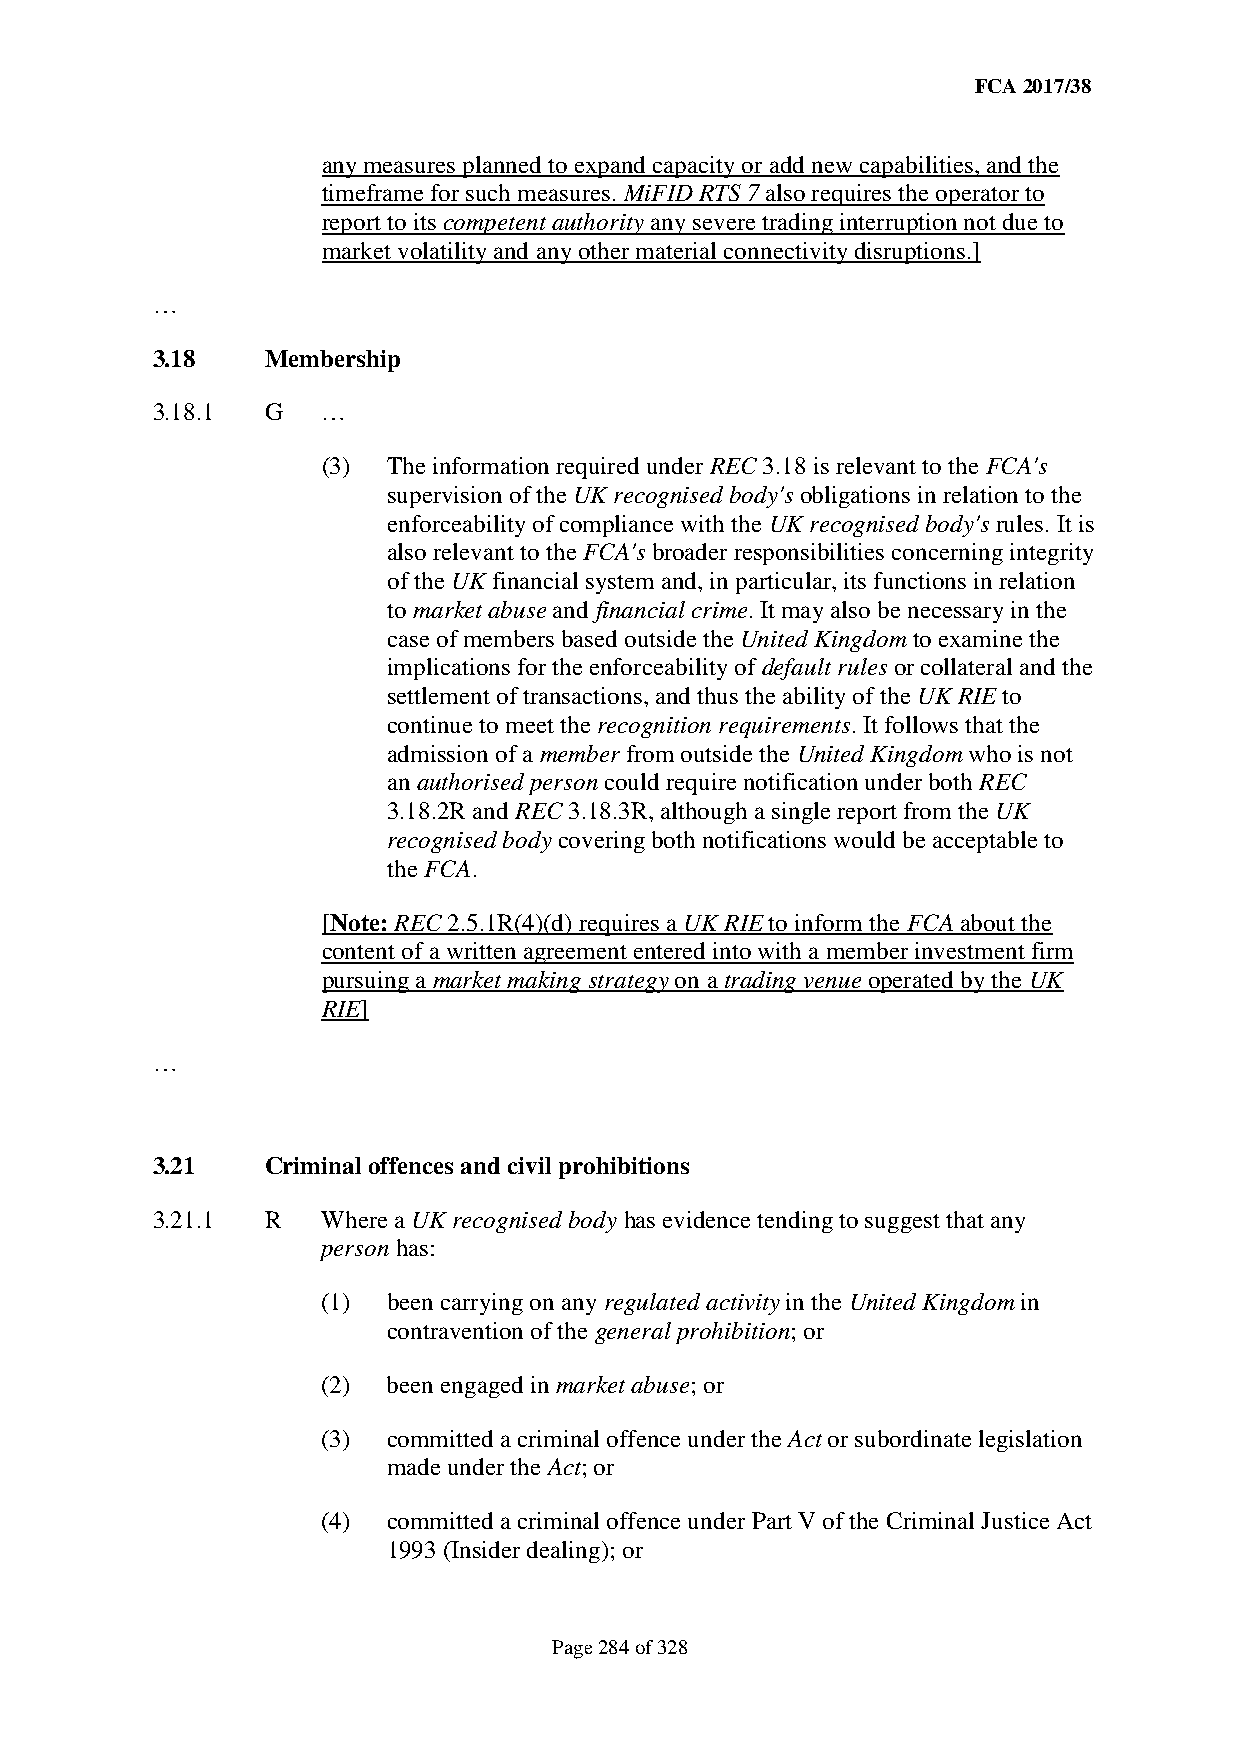
FCA 2017/38
 any measures planned to expand capacity or add new capabilities, and the
 timeframe for such measures. MiFID RTS 7 also requires the operator to
 report to its competent authority any severe trading interruption not due to
 market volatility and any other material connectivity disruptions.]
 …
 3.18    Membership
 3.18.1  G  …
 (3)  The information required under REC 3.18 is relevant to the FCA's
 supervision of the UK recognised body's obligations in relation to the
 enforceability of compliance with the UK recognised body's rules. It is
 also relevant to the FCA's broader responsibilities concerning integrity
 of the UK financial system and, in particular, its functions in relation
 to market abuse and financial crime. It may also be necessary in the
 case of members based outside the United Kingdom to examine the
 implications for the enforceability of default rules or collateral and the
 settlement of transactions, and thus the ability of the UK RIE to
 continue to meet the recognition requirements. It follows that the
 admission of a member from outside the United Kingdom who is not
 an authorised person could require notification under both REC
 3.18.2R and REC 3.18.3R, although a single report from the UK
 recognised body covering both notifications would be acceptable to
 the FCA.
 [Note: REC 2.5.1R(4)(d) requires a UK RIE to inform the FCA about the
 content of a written agreement entered into with a member investment firm
 pursuing a market making strategy on a trading venue operated by the UK
 RIE]
 …
 3.21    Criminal offences and civil prohibitions
 3.21.1  R  Where a UK recognised body has evidence tending to suggest that any
 person has:
 (1)  been carrying on any regulated activity in the United Kingdom in
 contravention of the general prohibition; or
 (2)  been engaged in market abuse; or
 (3)  committed a criminal offence under the Act or subordinate legislation
 made under the Act; or
 (4)  committed a criminal offence under Part V of the Criminal Justice Act
 1993 (Insider dealing); or
 Page 284 of 328